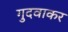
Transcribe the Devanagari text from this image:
गुदवाकर